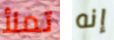
تملأ إنه